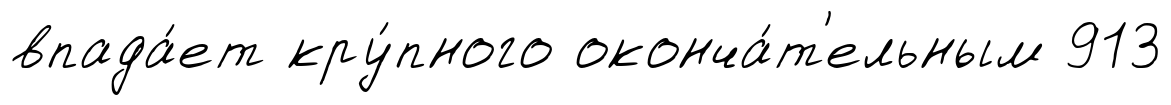
впада́ет кру́пного оконча́т'ельным 913